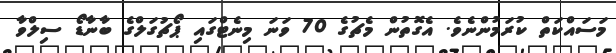
މަސައްކަތް ކުރަމުންނެވެ. އެގޮތުން މެޗުގެ 70 ވަނަ މިނެޓްގައި ޕޯޗުގަލްގެ ބާނާޑޯ ސިލްވާ